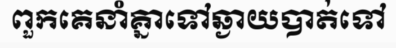
ពួកគេនាំគ្នាទៅឆ្ងាយបាត់ទៅ